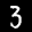
Label: 3